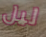
ليل